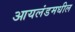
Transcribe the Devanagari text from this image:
आयलंडमधील